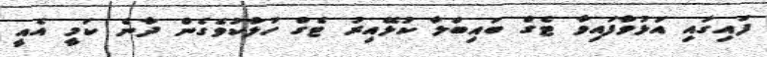
ފައިގައި އަޅުވާފައިވާ ޓެގް ބައިބަލާ ކުޅޭއިރު ޓެގް ހަލާކުވެގެން ދާނެ ކަމީ އެއީ